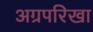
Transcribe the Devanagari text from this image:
अग्रपरिखा